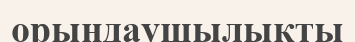
орындаушылықты